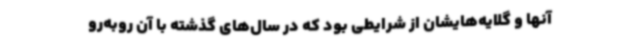
آنها و گلایه‌هایشان از شرایطی بود که در سال‌های گذشته با آن روبه‌رو